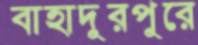
বাহাদুরপুরে